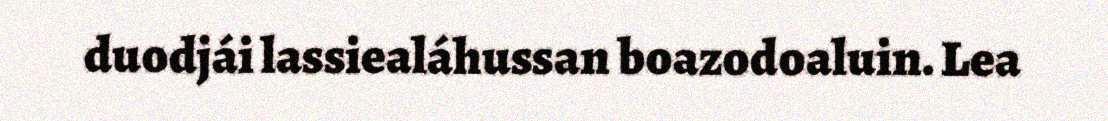
duodjái lassiealáhussan boazodoaluin. Lea